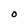
Character: O